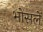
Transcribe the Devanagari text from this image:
भोसलें